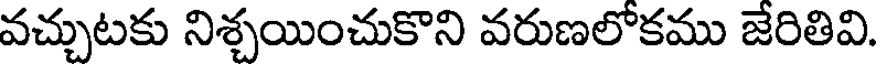
వచ్చుటకు నిశ్చయించుకొని వరుణలోకము జేరితివి.